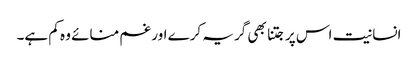
انسانیت اس پر جتنا بھی گریہ کرے اور غم منائے وہ کم ہے۔